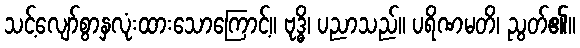
သင့်လျော်စွာနှလုံးထားသောကြောင့်။ ဗုဒ္ဓိ၊ ပညာသည်။ ပရိဏမတိ၊ ညွတ်၏။